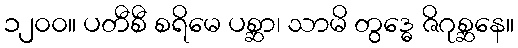
၁၂၀၀။ ပတီစီ စရိမေ ပစ္ဆာ၊ သာမိ တွဒ္ဓေ ဇိဂုစ္ဆနေ။